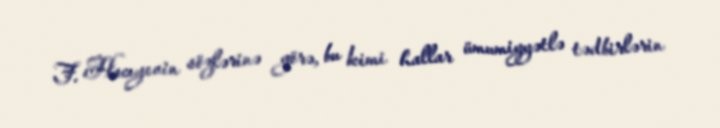
F. Hacıyevin sözlərinə görə, bu kimi hallar ümumiyyətlə tədbirlərin